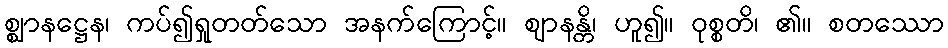
စ္ဈာနဋ္ဌေန၊ ကပ်၍ရှုတတ်သော အနက်ကြောင့်။ ဈာနန္တိ၊ ဟူ၍။ ဝုစ္စတိ၊ ၏။ စတဿော